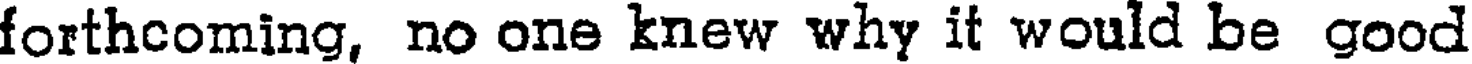
forthcoming, no one knew why it would be good